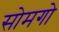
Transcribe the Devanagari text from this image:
सोमगो